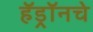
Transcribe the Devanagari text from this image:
हॅड्रॉनचे